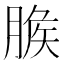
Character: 𦞕